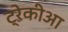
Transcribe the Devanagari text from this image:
ट्रेकीआ